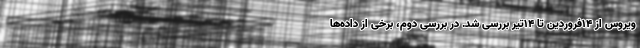
ویروس از ۱۴فروردین تا ۱۴تیر بررسی شد. در بررسی دوم، برخی از داده‌ها